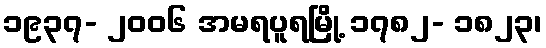
၁၉၃၇- ၂၀၀၆ အမရပူရမြို့ ၁၇၈၂- ၁၈၂၃၊